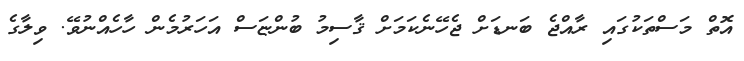
އޮތް މަސްތަކުގައި ރާއްޖެ ބަނޑަށް ޖެހޭނެކަމަށް ޤާސިމު ބުންޏަސް އަހަރުމެން ހާހެއްނުވޭ. ވިލާގެ